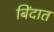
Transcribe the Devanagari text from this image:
बिंदात